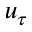
u _ { \tau }